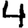
Digit: 4